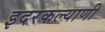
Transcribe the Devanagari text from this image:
इदरकल्याणी